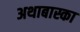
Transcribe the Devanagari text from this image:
अथाबास्का